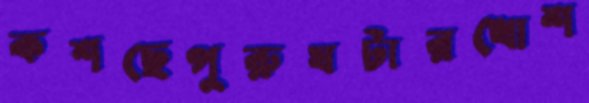
কশছেপুরুষটারখোশ